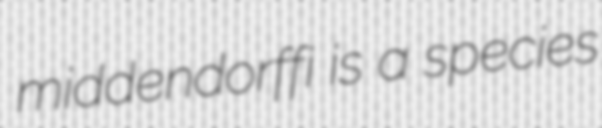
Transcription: middendorffi is a species